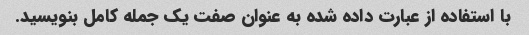
با استفاده از عبارت داده شده به عنوان صفت یک جمله کامل بنویسید.